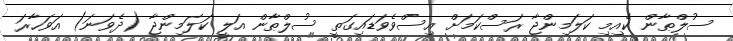
ސުލްޠާން ކެއިމި ކަލަމިންޖާ ރަސްކަމަށް އިސްވެވަޑައިގަތީ ސުލްޠާން އަލީ ކަލަމިންޖާ (ދެވަނަ) އަވަހާރަ